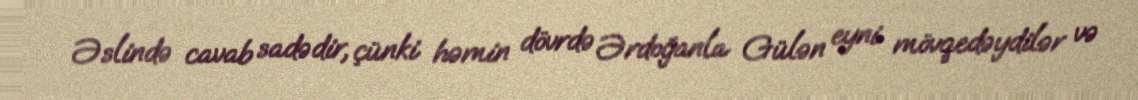
Əslində cavab sadədir, çünki həmin dövrdə Ərdoğanla Gülən eyni mövqedəydilər və